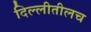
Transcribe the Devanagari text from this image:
दिल्लीतीलच